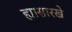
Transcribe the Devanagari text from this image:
ह्यासारखे